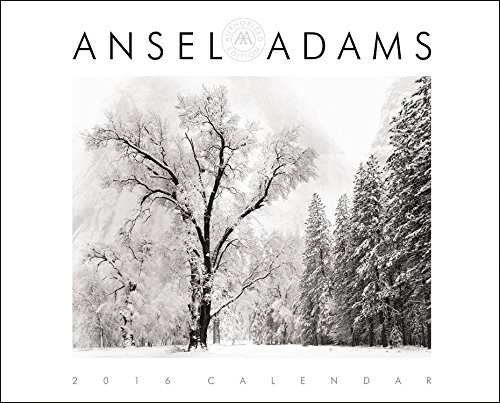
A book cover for Ansel Adams 2016 Wall Calendar; Calendars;